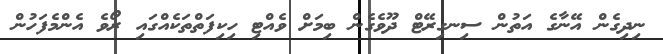
ނިދިގެން އޭނާގެ އަތުން ސިނގިރޭޓް ދޫވެގެން ބިމަށް ވެއްޓި ހިކިފަތްތަކެއްގައި ރޯވެ އެންމެފަހުން